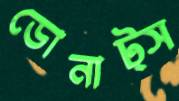
ডোনাট্স